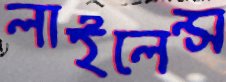
লাইলেন্স